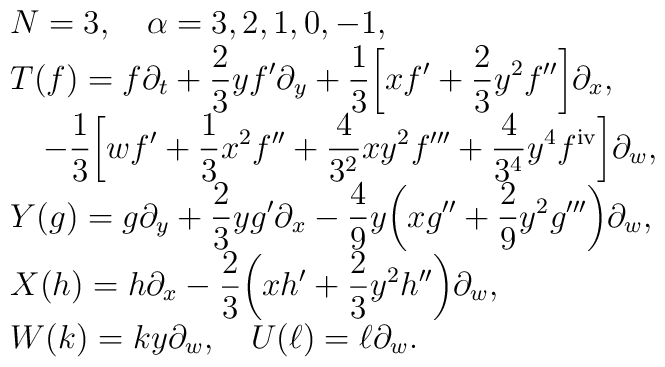
\begin{array}{l}N = 3, \quad \alpha = 3,2,1,0,-1,\\\displaystyle T(f) = f \partial_t + \frac{2}{3} yf^{\prime} \partial_y+ \frac{1}{3} \biggl[ xf^\prime + \frac{2}{3} y^2 f^{\prime\prime}\biggr] \partial_x,\\\displaystyle  \quad  -\frac{1}{3} \biggl[ wf^\prime + \frac{1}{3} x^2f^{\prime\prime} + \frac{4}{3^2} xy^2 f^{\prime\prime\prime}+\frac{4}{3^4} y^4 f^{\rm iv} \biggr] \partial_w,\\\displaystyle Y(g) = g \partial_y + \frac{2}{3} yg^\prime \partial_x -\frac{4}{9} y \biggl( xg^{\prime\prime} + \frac{2}{9} y^2g^{\prime\prime\prime}\biggr)\partial_w,\\\displaystyle X(h) = h \partial_x - \frac{2}{3} \biggl( xh^\prime +\frac{2}{3} y^2 h^{\prime\prime} \biggr) \partial_w,\\W(k) = ky \partial_w,\quad U(\ell) = \ell \partial_w.\end{array}